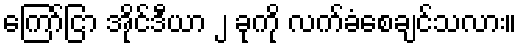
ကြော်ငြာ အိုင်ဒီယာ ၂ ခုကို လက်ခံစေချင်သလား။